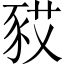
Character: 𧰿